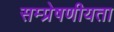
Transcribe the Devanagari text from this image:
सम्प्रेषणीयता